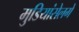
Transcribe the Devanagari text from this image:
मुडियांसेलगे